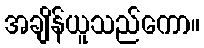
အချိန်ယူသည်ကော။